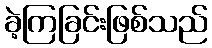
ခဲ့ကြခြင်းဖြစ်သည်